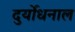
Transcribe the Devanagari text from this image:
दुर्योधनाल